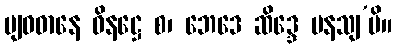
ဗျဝဓာနေ ဝိနဋ္ဌေ စ၊ ဘေဒေ ဆိဒ္ဒေ မနသျ’ပိ။